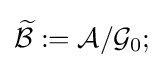
{\widetilde {\mathcal {B}}}:={\mathcal {A}}/{\mathcal {G}}_{0};